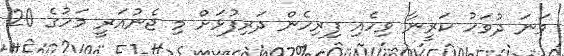
ވަނަ ދުވަހު ކަރީނާ ވިހެއި ފިރިހެން ދަރިފުޅަށް މި ޖެނުއަރީ މަހުގެ 20